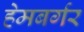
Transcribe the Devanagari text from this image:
हेमबर्गर